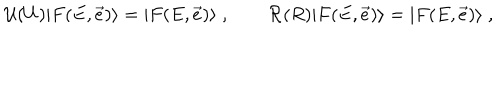
\mathcal U ( U ) | F ( E , \vec { e } ) \rangle = | F ( E , \vec { e } ) \rangle \; , \qquad \mathcal R ( R ) | F ( E , \vec { e } ) \rangle = | F ( E , \vec { e } ) \rangle \; ,